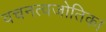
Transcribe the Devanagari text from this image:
वचनत्वजोतिका